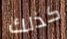
كذلك